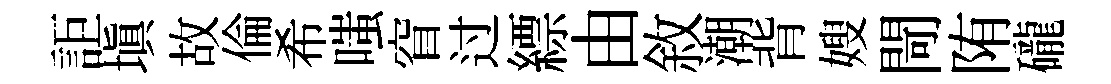
詎填故倫希嗤窅过縹由敘潮背嫂閜陏礲